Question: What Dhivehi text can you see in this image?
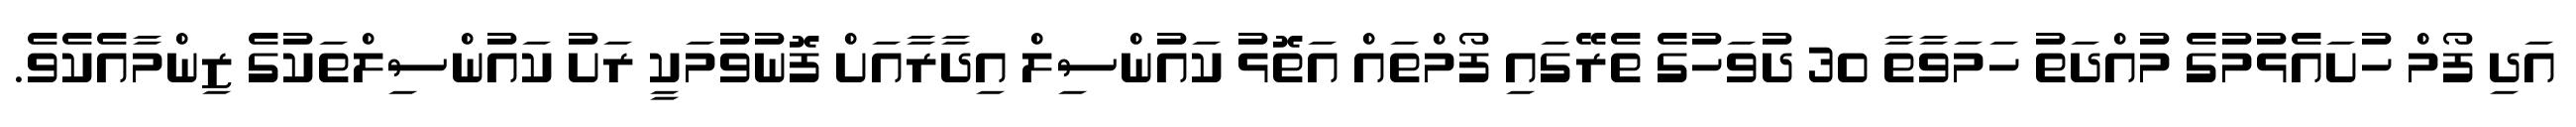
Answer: އަދި ފޯމް ހުށައެޅުމުގެ މުއްދަތު ހަމަވާތާ 30 ދުވަހުގެ ތެރޭގައި ފޯމްތައް އަތޮޅު ކައުންސިލް އިދާރާއަށް ފޮނުވުމަކީ ރަށު ކައުންސިލްތަކުގެ ޒިންމާއެކެވެ.